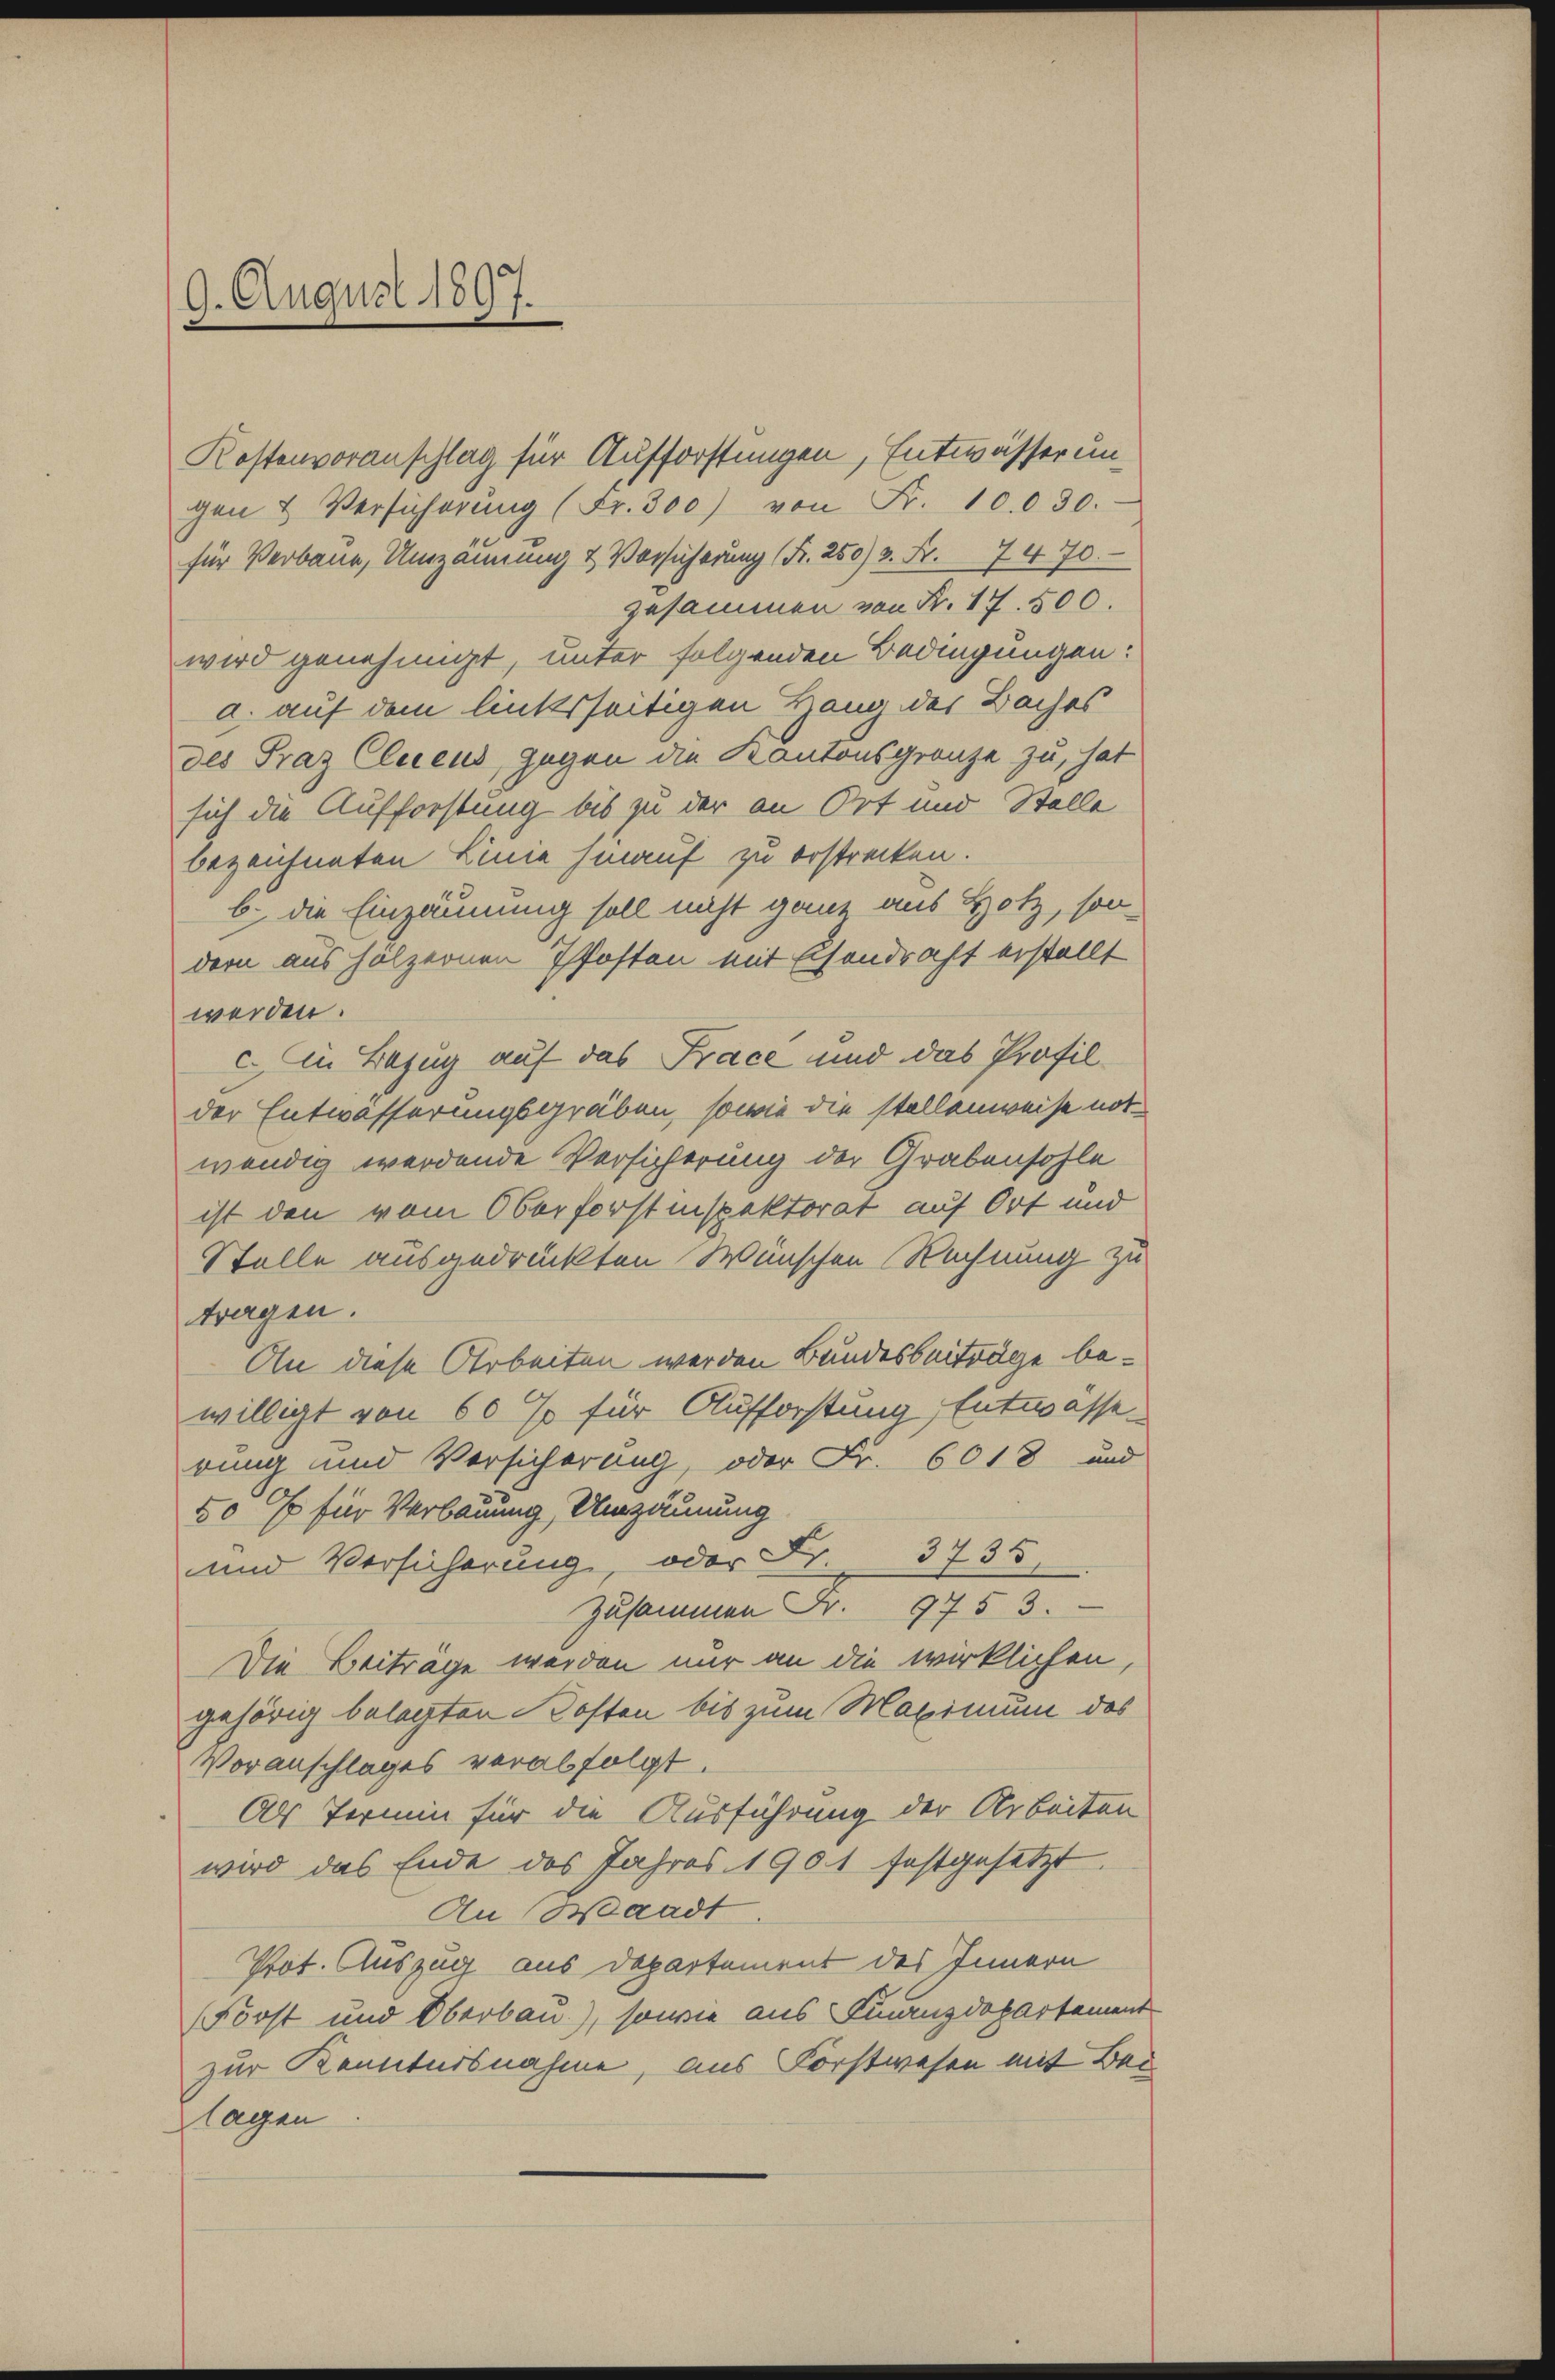
9. August 1897.

Kostenvoranschlag für Aufforstungen, Entwässer un
gen & Versicherŭng (Fr. 300) von Fr. 10.030.
für Verbaue, Umzäunung & Vorsicherung (Fr. 250) 3. Fr. 7470.
zusammen von Fr. 17. 500.
wird genehmigt, unter folgenden Bedingungen:
a. auf dem linksseitigen Hang des Baches
des Praz Cliens, gegen die Kantonsgrenze zu, hat
sich die Aufforstung bis zu der an Ort und Stelle
bezeichneten Linie hinauf zu erstrecken.
b. die Einzäunung soll nicht ganz aus Hotz, son
dern aus hölzernen Pfosten mit schondraht erstellt
werden.
c. in Bezug auf das Frace und das Profilder Entwässerungsgräben, sowie die stellenweise notwendig werdende Versicherung der Grabensohle
ist den vom Oberforstinspektorat auf Ort und
Stelle ausgedrückten Wünschen Rechnung zu
tragen.
An diese Arbeiten werden Bundesbeiträge bewilligt von 60 so für Aufforstung, Entwässerung und Versicherung, oder Fr. 6018 und
50 Er für Verbauung, Umzäunung
und Versicherung, oder Fr. 3735
Zusammen Fr. 9753.
Die Beitrage werden nur an die wirklichen,
gehörig belegten Kosten bis zum Maximum das
Voranschlages verabfolgt.
Als Termin für die Ausführung der Arbeiten
wird das Ende des Jahres 1901 festgesetzt.
Au, Waadt
Pot. Auszug aus Departement des Innern
Först und Oberbau.), sowie aus Finanzdepartement
zur Kenntnisnahme, aus Forstwesen mit Bei
lagen